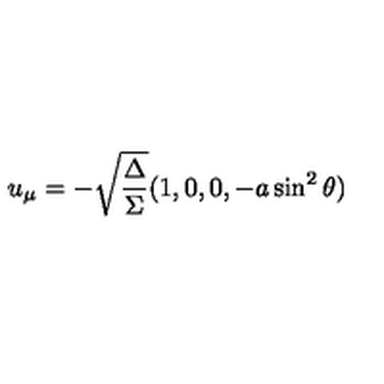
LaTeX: u _ { \mu } = - \sqrt { \frac { \Delta } { \Sigma } } ( 1 , 0 , 0 , - a \sin ^ { 2 } \theta )